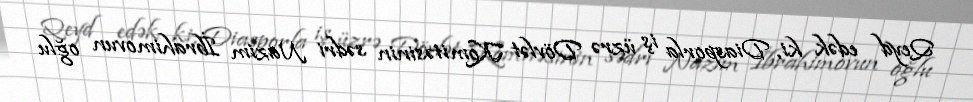
Qeyd edək ki, Diasporla iş üzrə Dövlət Komitəsinin sədri Nazim İbrahimovun oğlu